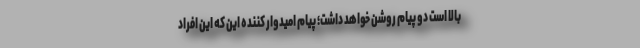
بالا است دو پیام روشن خواهد داشت؛ پیام امیدوار کننده این که این افراد